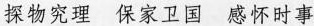
探物究理 保家卫国 感怀时事